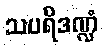
သပရိဒဏ္ဍံ